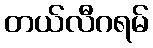
တယ်လီဂရမ်